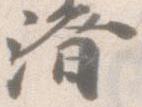
済